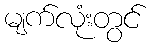
မျက်လုံးတွင်